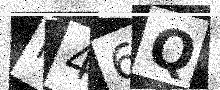
Text: N46Q